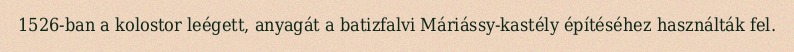
1526-ban a kolostor leégett, anyagát a batizfalvi Máriássy-kastély építéséhez használták fel.